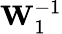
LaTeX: \mathbf{W}_{1}^{-1}